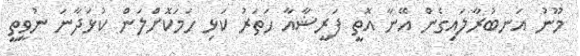
މޫނު އަނބުރާލައިގެން އޭނާ އޮތީ ފަރީޝާއާ ހަތަރު ކަޅި ހަމަކޮށްލަން ކުޅަދާނަ ނުވީތީ